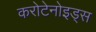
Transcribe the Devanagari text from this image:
करोटेनोइड्स